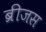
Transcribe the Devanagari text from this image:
ब्रीजस